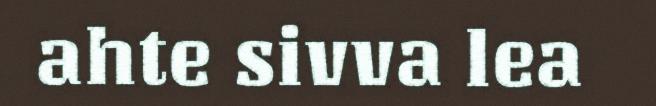
ahte sivva lea